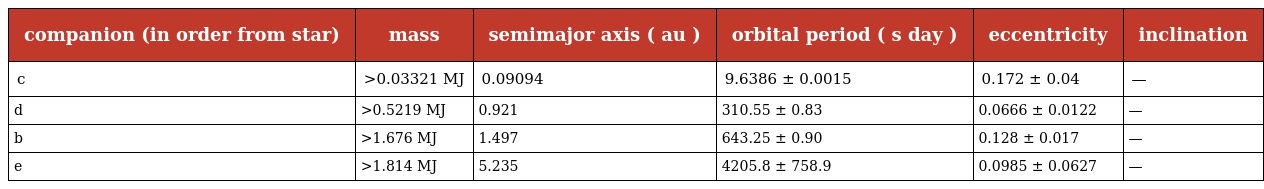
| companion (in order from star) | mass | semimajor axis ( au ) | orbital period ( s day ) | eccentricity | inclination |
 | --- | --- | --- | --- | --- | --- |
 | c | >0.03321 MJ | 0.09094 | 9.6386 ± 0.0015 | 0.172 ± 0.04 | — |
 | d | >0.5219 MJ | 0.921 | 310.55 ± 0.83 | 0.0666 ± 0.0122 | — |
 | b | >1.676 MJ | 1.497 | 643.25 ± 0.90 | 0.128 ± 0.017 | — |
 | e | >1.814 MJ | 5.235 | 4205.8 ± 758.9 | 0.0985 ± 0.0627 | — |